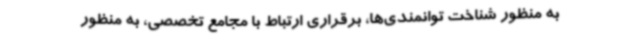
به منظور شناخت توانمندی‌ها، برقراری ارتباط با مجامع تخصصی، به منظور